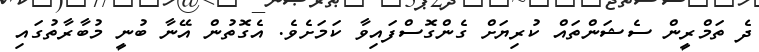
ދެ ތަމްރީން ސެޝަންތައް ކުރިޔަށް ގެންގޮސްފައިވާ ކަމަށެވެ. އެގޮތުން އޭނާ ބުނީ މުބާރާތުގައި